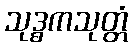
သုဒ္ဓကသုတ္တံ